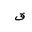
Letter: _qaf